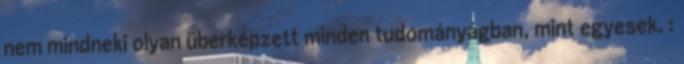
nem mindneki olyan überképzett minden tudományágban, mint egyesek. :